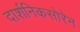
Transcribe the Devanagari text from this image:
दार्शनिकसोरेन